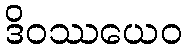
ဒိဝဿယေဝ